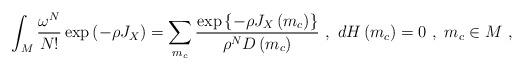
LaTeX: \begin{align*}\int_M{\omega^N\over N!}\exp\left(-\rho J_X\right)=\sum_{m_c}{\exp\left\{-\rho J_X\left( m_c\right)\right\}\over\rho^ND\left( m_c\right)}\ ,\ dH\left( m_c\right)=0\ ,\ m_c\in M\ ,\end{align*}